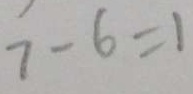
7 - 6 = 1